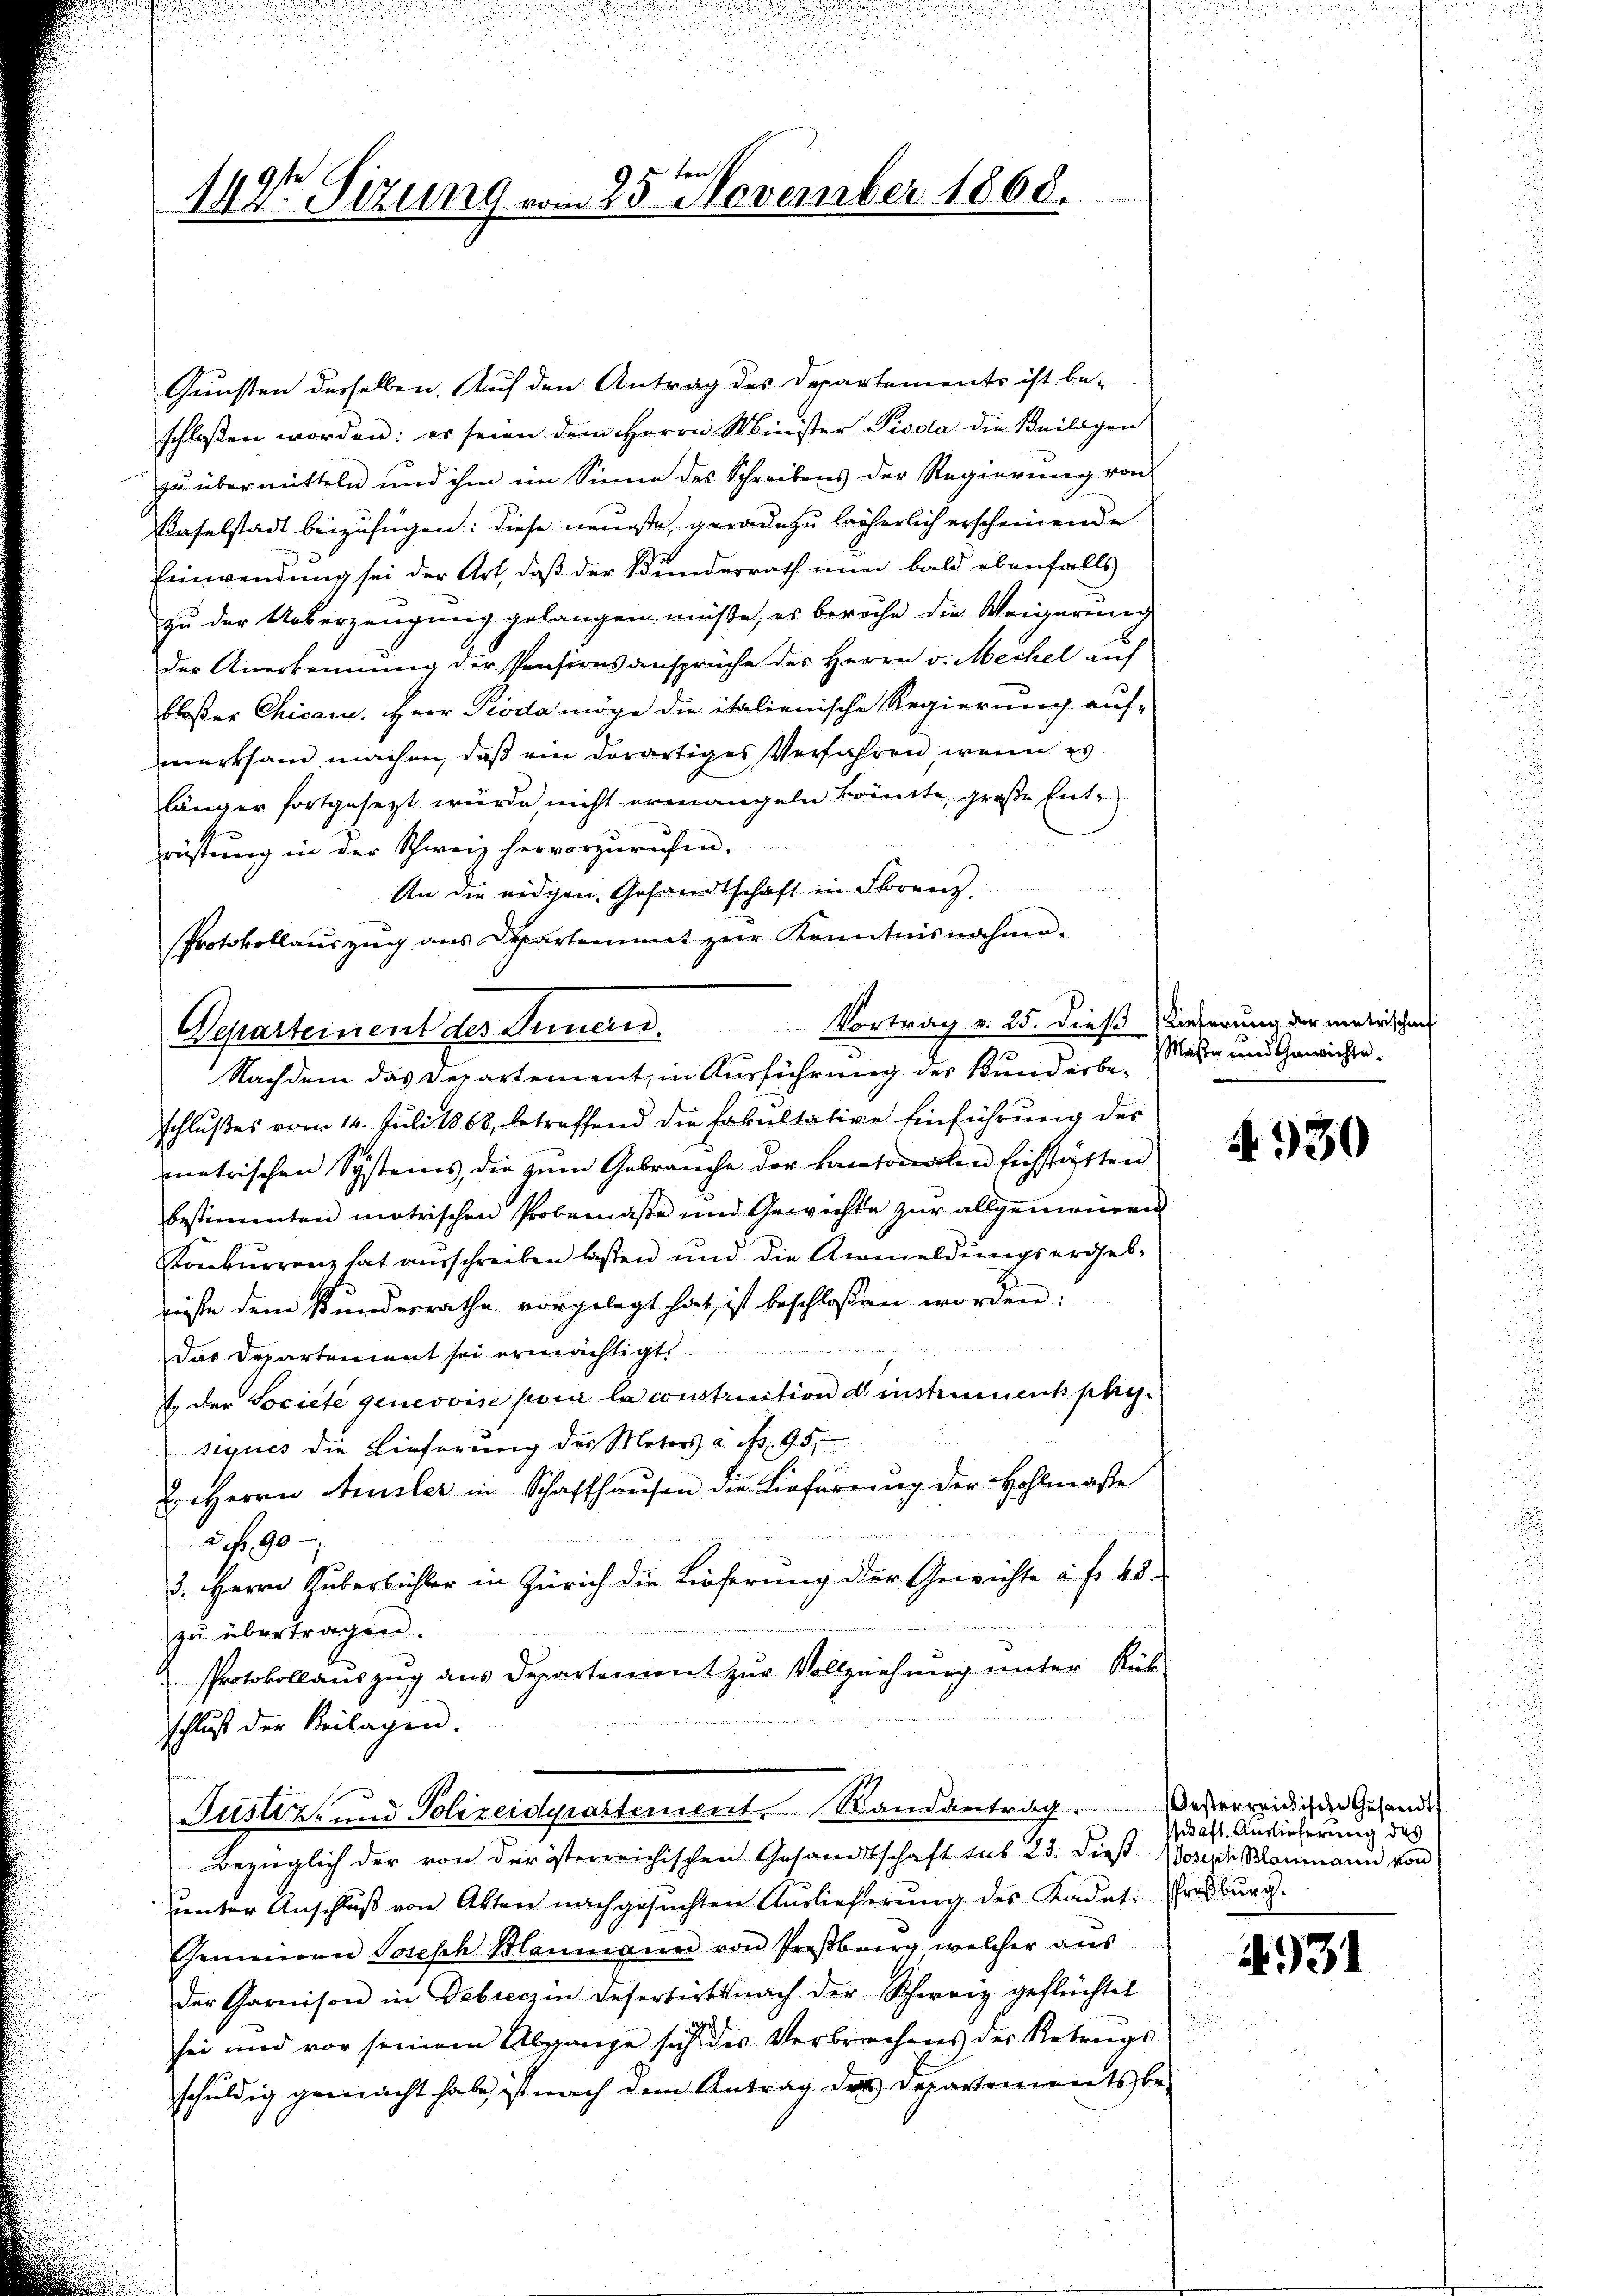
bre 18
1427 Sizung vom 25. November 1868.

Gunsten derselben. Auf den Antrag des Departements ist be-
schlossen worden: er seien dem Herrn Minister Pisola die Beilagen
zu übermitteln und ihm im Sinne des Schreibens der Regierung von
Baselstadt beizufügen: diese neueste, geradezu löserlich erscheinende
Einwendung sei der Art, daß der Bunderrath nun bald ebenfalls
zu der Ueberzeugung gelangen müsse, es bereche die Weigerung
der Anerkennung der Pensionsansprüche des Herrn v. Mechel auf
bloßer Chican. Herr Pioda möge die italienische Regierung aufmerksam machen, daß ein derartiges Verfahren, wenn es
länger fortgesezt würde nicht ermangeln könnte, große Entrüstung in der Schweiz hervorzurufen.
An die eidgen. Gesandtschaft in Franz
Protokollauszug aus Departement zur Kenntnisnahme.
Vortrag v. 25. dieß (ieferung der matrischen
Departement des Innern.

Nachdem das Departement, in Ausführung des Bunderbe-

schlußes vom 14. Juli 1868, betreffend die Fakultative Einführung des
metrischen Systems, die zum Gebrauche der Cantonalen Eichstatten
bestimmten matrischen Probemasse und Gewichte zŭr allgemeinen
Konkurrenz hat ausschreiben laßen und die Anmeldungsergebwisse dem Kundesrathe vorgelegt hat, ist beschlossen worden:
Das Departement sei ermächtigt
. der Societe genevvise par la construction d instrument physiques die Lieferung des Meters à if. 95.
2. Herrn Ausler in Schaffhausen die Lieferung der Hohlmaße
2 No 90
3. Herrn Huberbüchler in Zürich die Löferung der Gewichte à fr. 40
zu übertragen.
PProtokollauszug aus Departement zur Vollziehung unter Rück-
schluss der Beilagen.
Justiz- und Polizeidepartement. Randantrag
Bezüglich der von der österreichischen Gesandtschaft sub 23. dieß Moser Baumann von
uunter Anschluß von Akten nachgesuchten Auslieferung des Kadet-Grasburg.
Gemeinen Tosesch Blanmann von Proβberg, welcher aŭs
der Garnison in Debreczin Desertirt nach der Schweiz geflüchtet
sei und vor seinem Abgange sich des Verbrechens der Retrags
schuldig gemacht habe, ist nach dem Antrag des Departements be¬

Maße und Gewichte.

4930

Oesterreichischen Gesandt
schaft. Auslieferung des

14931